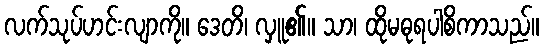
လက်သုပ်ဟင်းလျာကို။ ဒေတိ၊ လှူ၏။ သာ၊ ထိုမဓုရပါစိကာသည်။